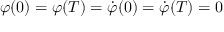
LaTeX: \varphi ( 0 ) = \varphi ( T ) = \dot { \varphi } ( 0 ) = \dot { \varphi } ( T ) = 0